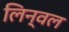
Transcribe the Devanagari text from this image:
लिन्वल